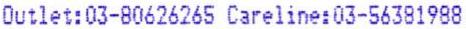
OUTLET:03-80626265 CARELINE:03-56381988